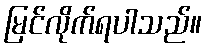
မြင်လိုက်ရပါသည်။